Report on the working of the Ranchi Indian Mental Hospital, Kanke, in Bihar and Orissa - 1930-1940
Year: 1930
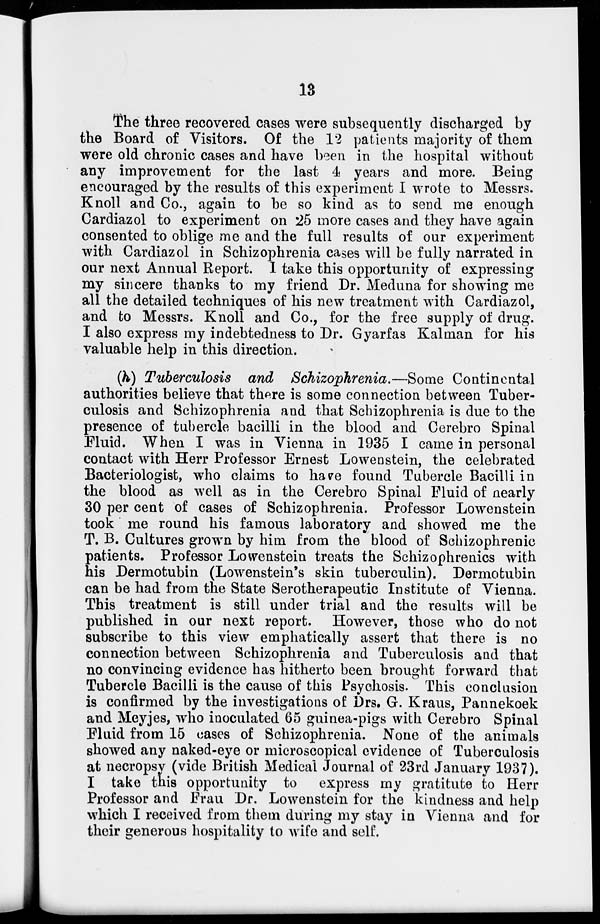
13
The three recovered cases were subsequently discharged by
the Board of Visitors. Of the 12 patients majority of them
were old chronic cases and have been in the hospital without
any improvement for the last 4 years and more. Being
encouraged by the results of this experiment I wrote to Messrs.
Knoll and Co., again to be so kind as to send me enough
Cardiazol to experiment on 25 more cases and they have again
consented to oblige me and the full results of our experiment
with Cardiazol in Schizophrenia cases will be fully narrated in
our next Annual Report. I take this opportunity of expressing
my sincere thanks to my friend Dr. Meduna for showing me
all the detailed techniques of his new treatment with Cardiazol,
and to Messrs. Knoll and Co., for the free supply of drug.
I also express my indebtedness to Dr. Gyarfas Kalman for his
valuable help in this direction.
(h) Tuberculosis and Schizophrenia.—Some Continental
authorities believe that there is some connection between Tuber-
culosis and Schizophrenia and that Schizophrenia is due to the
presence of tubercle bacilli in the blood and Cerebro Spinal
Eluid. When I was in Vienna in 1935 I came in personal
contact with Herr Professor Ernest Lowenstein, the celebrated
Bacteriologist, who claims to have found Tubercle Bacilli in
the blood as well as in the Cerebro Spinal Fluid of nearly
30 per cent of cases of Schizophrenia. Professor Lowenstein
took me round his famous laboratory and showed me the
T. B. Cultures grown by him from the blood of Schizophrenic
patients. Professor Lowenstein treats the Schizophrenics with
his Dermotubin (Lowenstein's skin tuberculin). Dermotubin
can be had from the State Serotherapeutic Institute of Vienna.
This treatment is still under trial and the results will be
published in our next report. However, those who do not
subscribe to this view emphatically assert that there is no
connection between Schizophrenia and Tuberculosis and that
no convincing evidence has hitherto been brought forward that
Tubercle Bacilli is the cause of this Psychosis. This conclusion
is confirmed by the investigations of Drs. G. Kraus, Pannekoek
and Meyjes, who inoculated 65 guinea-pigs with Cerebro Spinal
Eluid from 15 cases of Schizophrenia. None of the animals
showed any naked-eye or microscopical evidence of Tuberculosis
at necropsy (vide British Medical Journal of 23rd January 1937).
I take this opportunity to express my gratitute to Herr
Professor and Frau Dr. Lowenstein for the kindness and help
which I received from them during my stay in Vienna and for
their generous hospitality to wife and self.